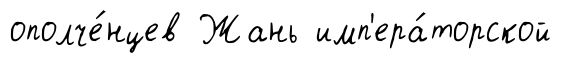
ополче́нцев Жань имп'ера́торской